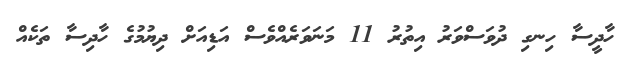
ހާދީސާ ހިނގި ދުވަސްވަރު އިތުރު 11 މަނަވަރެއްވެސް އަޑިއަށް ދިޔުމުގެ ހާދިސާ ތަކެއް